Medical and sanitary report of the native army of Bengal for the year
Year: 1876
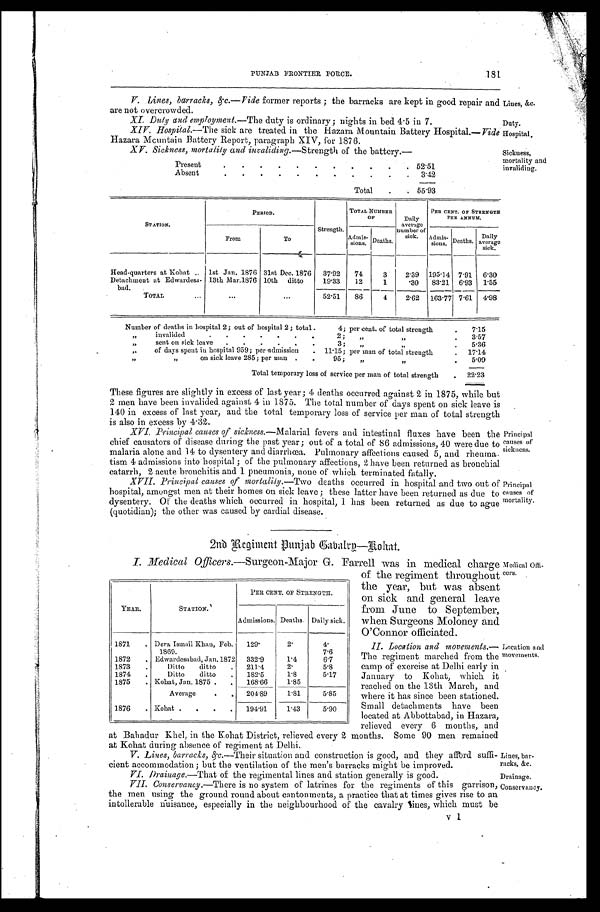
181
PUNJAB FRONTIER FORCE.
V. .Lines, barracks,&c—Vide former reports; the barracks are kept in good repair and Liues, &c.
are not overcrowded.
XI. Duty and employment.—The duty is ordinary; nights in bed 4 .5 in 7.Duty
. XIV. Hospital.—The sick are treated in the Hazara Mountain Battery Hospital.— Vide Hospital,
Hazara Mountain Battery Report, paragraph XIV, for 1876.
XV. Sickness, mortality and invaliding.—Strength of the battery.—
Present
52. 51
Absent
Total. 55. 93
STATION.
PERIOD.
TOTAL NUMBER
OF
Daily
average
number of
sick.
PER CENT. OF STRENGTH
PEE ANNUM.
From
To
Strength. Admis- sions. Deaths.
Admis- sions. Deaths. Daily
a v e r a g e sick.
Head-quarters at Kohat 1st Jan. 1876 31st Dec. 1876 37.92 74 3 2. 39 195.14 7.91 6 . 3 0
Detachment at Edwardesa-
bad.
13th Mar.1876 10th ditto 19.33 12 1 .30 83.21 6.93 1 . 5 5
TOTAL
52.51 - 86 4 2. 62 163.77 7.61 4 . 9 8
Number of deaths in hospital 2; out of hospital 2; total 4; per cent. of total strength. 7 . 1 5
invalided 2„ „
3.57
„ sent on sick leave3; „ „
5 . 3 6
„
„ of days spent in hospital 959; per admission.11 . 1 5 ; p e r m a n o f t o t a l s t r e n g t h . 1 7 . 1 4
„ „ o n s i c k l e a v e 2 8 5 ; p e r m a n
9 5 ; „ „ . 5.09
Total temporary loss of service per man of total strength. 22.23
These figures are slightly in excess of last year; 4 deaths occurred against 2 in 1875, while but
2 m e n h a v e b e e n i n v a l i d e d a g a i n s t 4 i n 1 8 7 5 . T h e t o t a l n u m b e r o f d a y s s p e n t o n s i c k l e a v e i s
140 in excess of last year, and the total temporary loss of service per man of total strength
is also in excess by 4.32.
XVI. Principal causes of Sickness.—Malarial fevers and intestinal fluxes have been the Principal
chief causators of disease during the past year; out of a total of 86 admissions, 40 were due to causes of
malaria alone and 14 to dysentery and diarrhœa. Pulmonary affections caused 5, and rheuma. sickness.
tism 4 admissions into hospital; of the pulmonary affections, 2 have been returned as bronchial
catarrh, 2 acute bronchitis and 1 pneumonia, none of which terminated fatally.
XVII. Principal causes of mortality.—Two deaths occurred in hospital and two out of Principal
hospital, amongst men at their homes on sick leave; these latter have been returned as due to causes of
dysentery. Of' the deaths which occurred in hospital, 1 has been returned as due to ague mortality.
(quotidian); the other was caused by cardial disease.
2ndRegiment Punjab Babalry—Rohat.
I. Medical Officers.——Surgeon-Major G. Farrell was in medical charge Medical
Offi of the regiment throughout cers.
the year, but was absent
on sick and general leave
from June to September,
when Surgeons Moloney and
O'Connor officiated.
II. Location and movements.— Location and
The regiment marched from the movements.
camp of exercise at Delhi early in
January to Kohat, which it
reached on the 13th March, and
where it has since been stationed.
Small detachments have been
located at Abbottabad, in Hazara,
relieved every 6 mouths, and
at Bahadur Khel, in the Kohat District, relieved every 2 months. Some 90 men remained
at Kohat during absence of regiment at Delhi.
V.Lines, barracks, &c.——Their situation and construction is good, and they afford suffi- Lines, bar-
cient accommodation; but the ventilation of the men's barracks might be improved.
racks, &c.
VI.
Drainage.—That of the regimental lines and station generally is good. Drainage.
VII. Conservancy.—There is no system of latrines for the regiments of this garrison, Conservancy.
the men using the ground round about cantonments, a practice that at times gives rise to an
intollerable nuisance, especially in the neighbourhood of the cavalry lines, which must be
Sickness, mortality and
invaliding.
YEAR.
STATION.'
PER CENT. OF STRENGTH.
Admissions. Deaths. Daily sick.
1871 Dera Ismail Khan, Feb.
1 8 6 9 .
129.
2.
4. 7.6
1872 Edwardesabad, Jan. 1872 332.9 1.4 6.7
1873
Ditto ditto
211.4 2.
5.8
1874
Ditto ditto
182.5 1.8 5.17
1875 Kohat, Jan. 1875
168. 66 1.85
Average
204.89 1.81 5.85
1876 Kohat
194.91 1.43 5.90
v 1